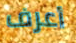
أعرف